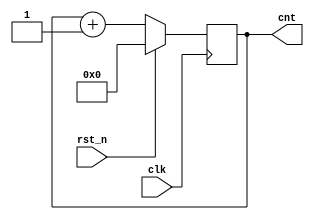
`timescale 1ns/100ps

module count(
    input clk,
    input rst_n,
    output reg[7:0] cnt
);
    always @(posedge clk) begin
        cnt = rst_n ? 0 : cnt + 1;
    end

endmodule